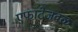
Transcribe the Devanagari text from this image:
एफाटेजवळ